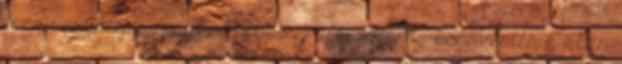
igen veszélyes munkakörbe került, az öreg beosztotta a klán